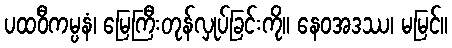
ပထဝီကမ္ပနံ၊ မြေကြီးတုန်လှုပ်ခြင်းကို။ နေဝအဒဿ၊ မမြင်။